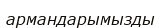
армандарымызды